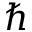
\hbar